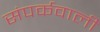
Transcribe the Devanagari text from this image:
संपर्कवाली